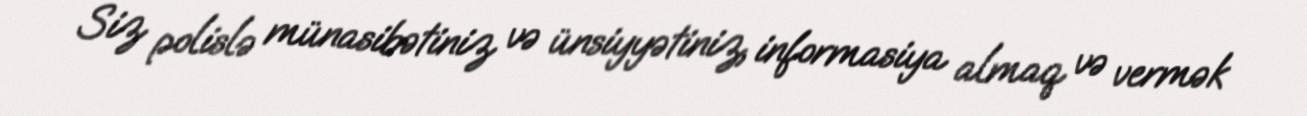
Siz polislə münasibətiniz və ünsiyyətiniz, informasiya almaq və vermək